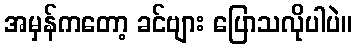
အမှန်ကတော့ ခင်ဗျား ပြောသလိုပါပဲ။